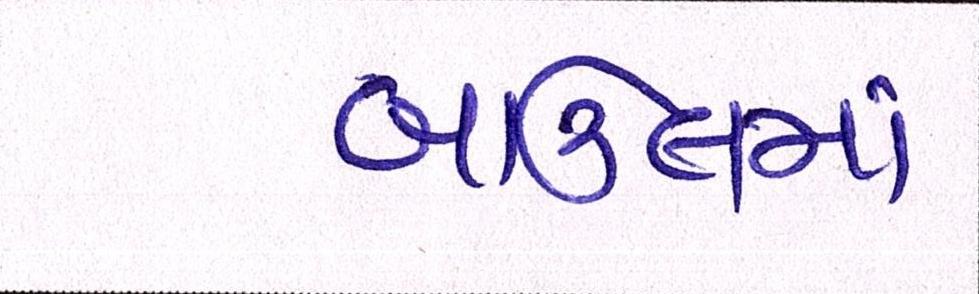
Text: બાઉલમાં